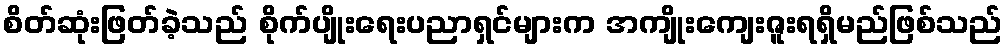
စိတ်ဆုံးဖြတ်ခဲ့သည် စိုက်ပျိုးရေးပညာရှင်များက အကျိုးကျေးဇူးရရှိမည်ဖြစ်သည်